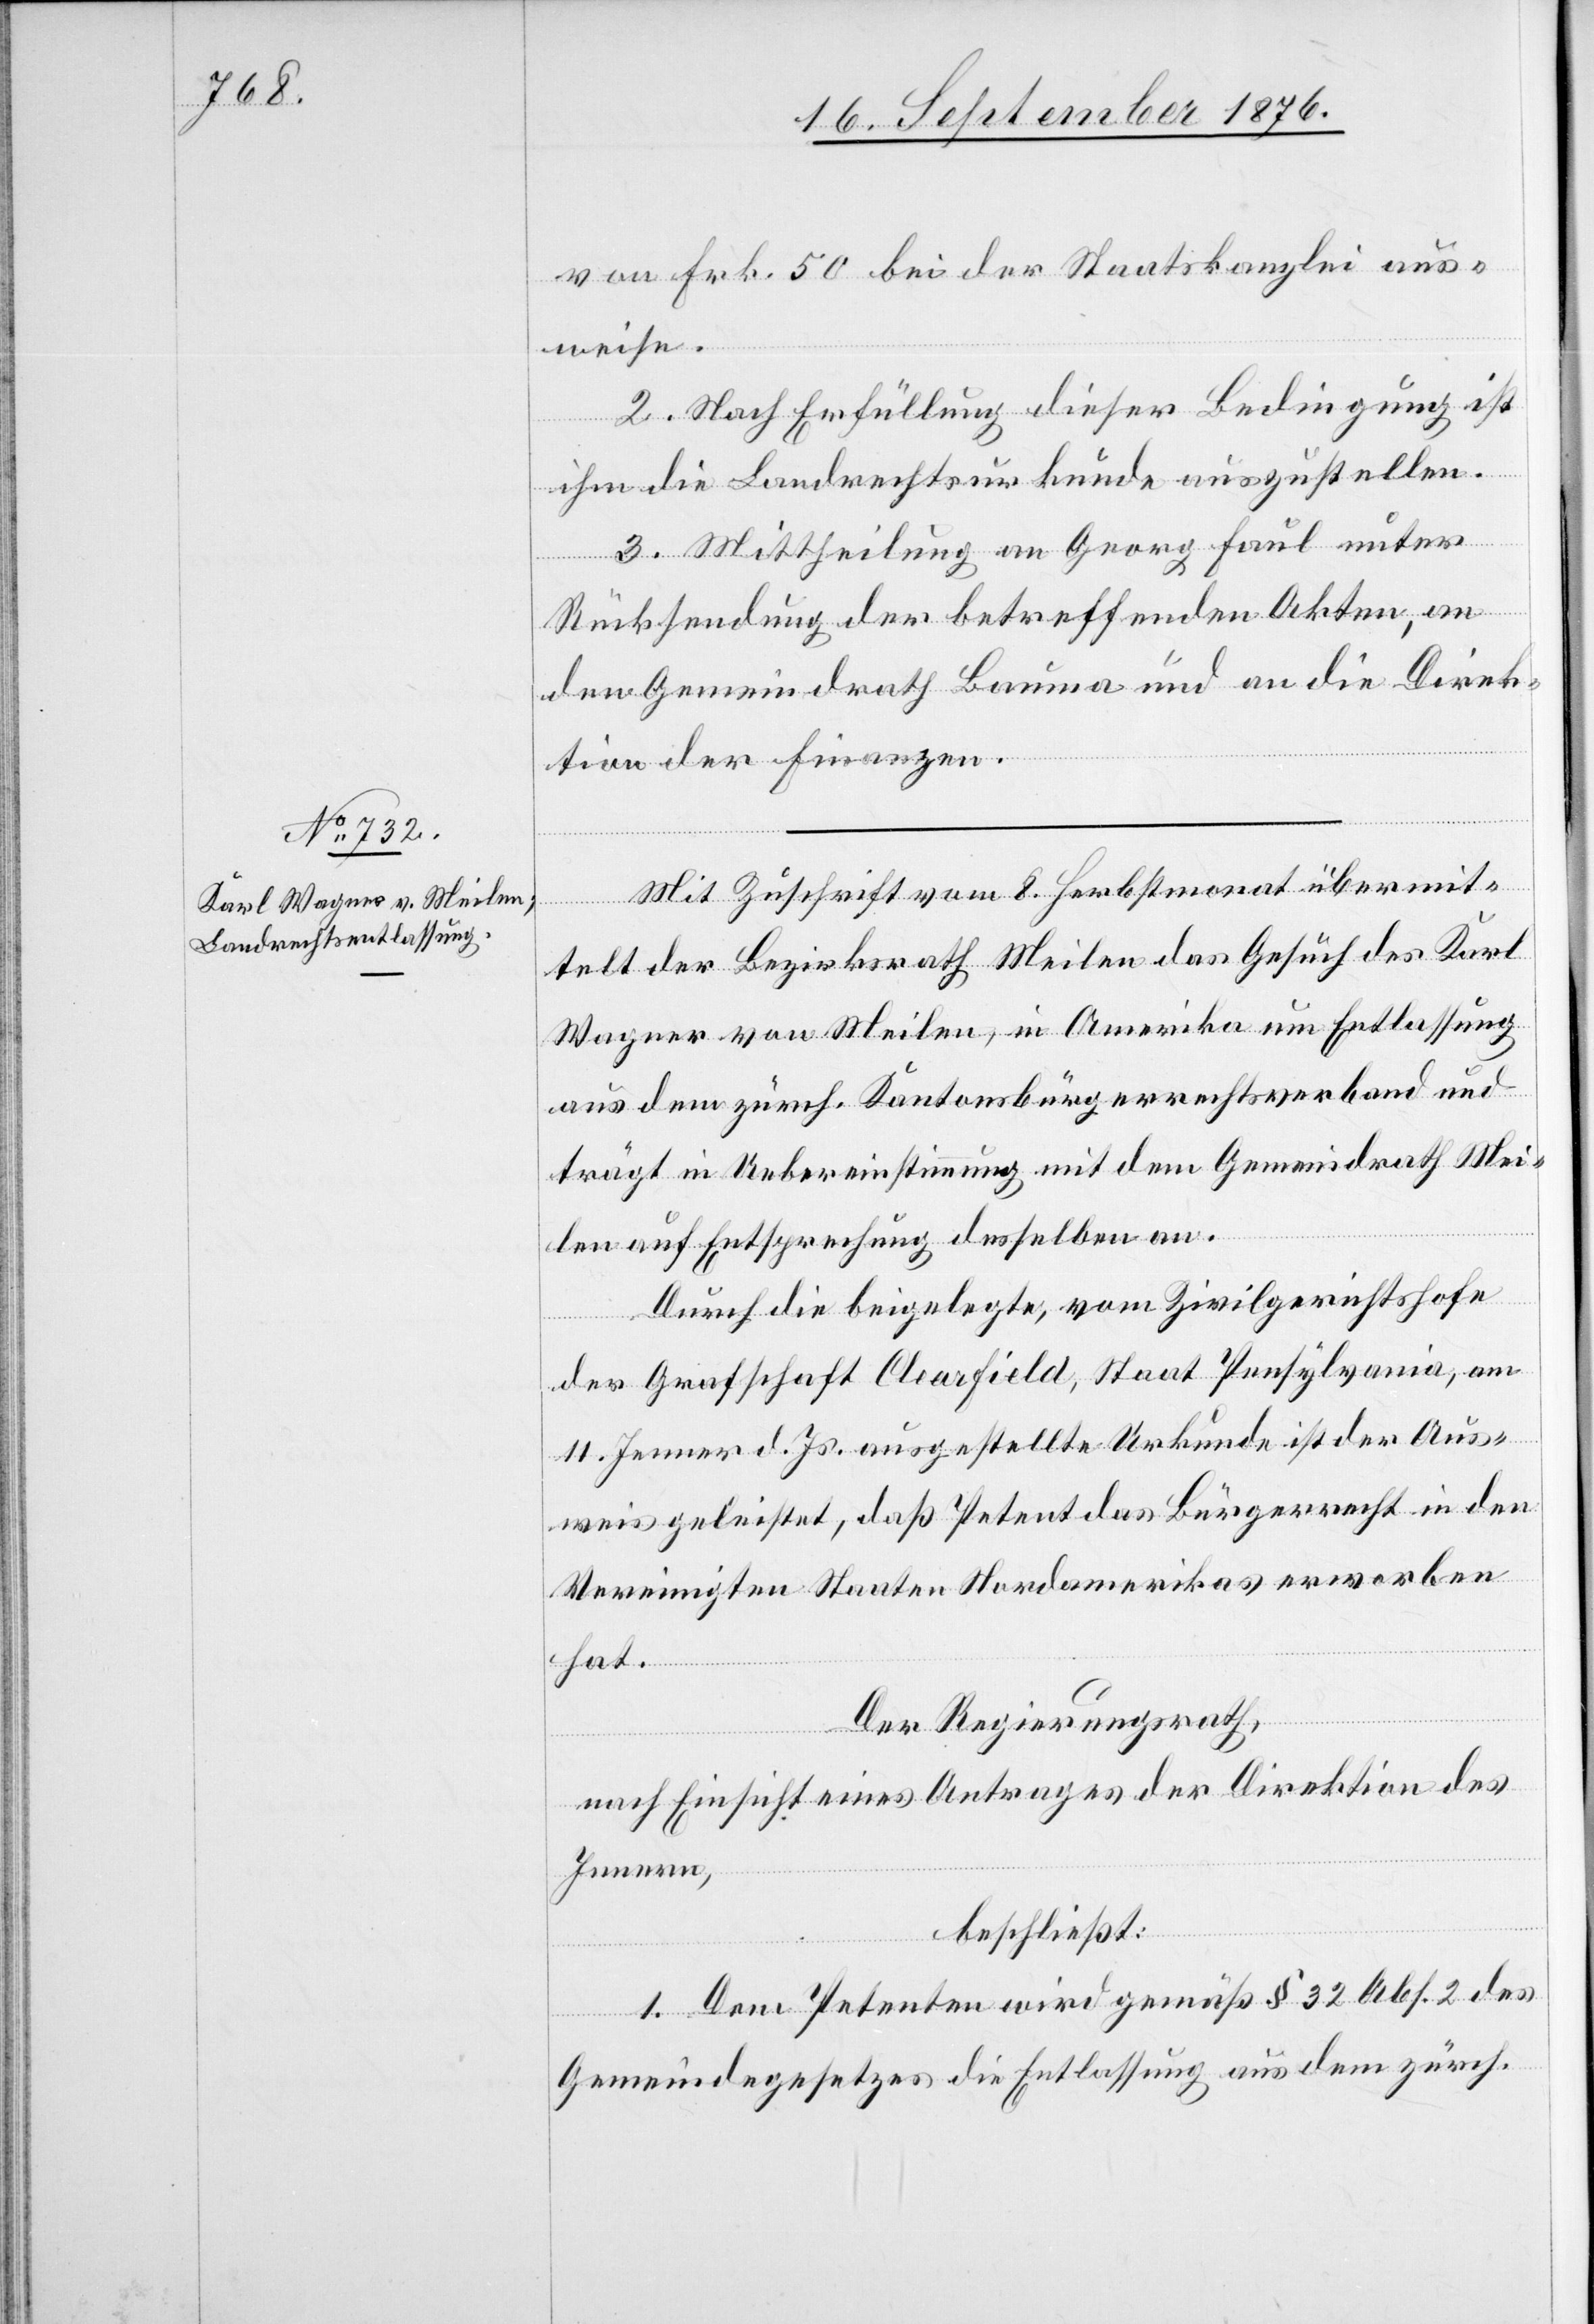
von Frk. 50 bei der Staatskanzlei aus¬
weise.
2. Nach Erfüllung dieser Bedingung ist
ihm die Landrechtsurkunde auszustellen.
3. Mittheilung an Georg Faul unter
Rücksendung der betreffenden Akten, an
den Gemeindrath Bauma und an die Direk¬
tion der Finanzen.
Mit Zuschrift vom 8. Herbstmonat übermit¬
telt der Bezirksrath Meilen das Gesuch des Karl
Wagner von Meilen, in Amerika um Entlassung
aus dem zürch. Kantonsbürgerrechtsverband und
trägt in Uebereinstimmung mit dem Gemeindrath Mei¬
len auf Entsprechung desselben an.
Durch die beigelegte, vom Zivilgerichtshofe
der Grafschaft Clearfield, Staat Pensylvania, am
11. Jenner d. Js. ausgestellte Urkunde ist der Aus¬
weis geleistet, daß Petent das Bürgerrecht in den
Vereinigten Staaten Nordamerikas erworben
hat.
Der Regierungsrath,
nach Einsicht eines Antrages der Direktion des
Innern,
beschließt:
1. Dem Petenten wird gemäß § 32 Abs. 2 des
Gemeindegesetzes die Entlassung aus dem zürch.